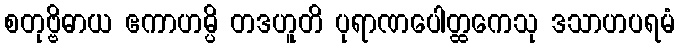
စတုဗ္ဗိဓာယ ဧကာဟမ္ပိ တဒဟူတိ ပုရာဏပေါတ္ထကေသု ဒသာဟပရမံ